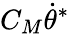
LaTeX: C_{M}\dot{\theta}^{*}